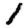
Digit: 1